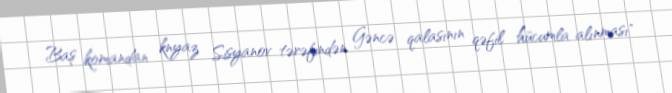
Baş komandan knyaz Sisyanov tərəfindən Gəncə qalasının qəfil hücumla alınması"